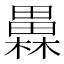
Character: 𤳥